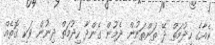
ކެއާގެ ހިދުމަތް ދޭ ތަންތަނުން ދެމުން ގެންދާ ހިދުމަތް ދިނުން ވަކި ގޮތެއް